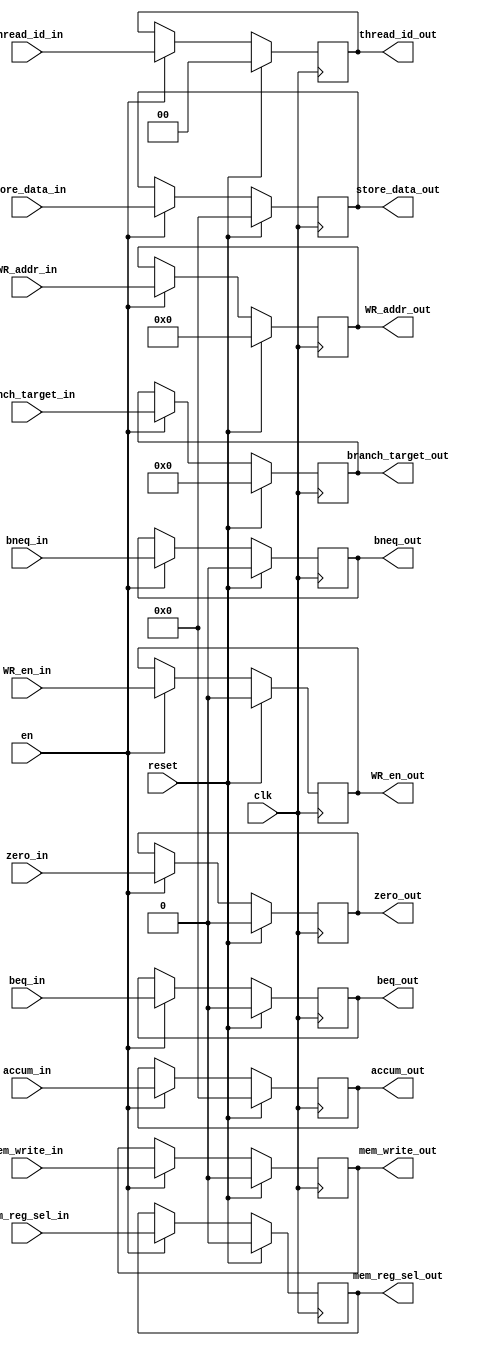
`timescale 1ns / 1ps
//////////////////////////////////////////////////////////////////////////////////
// Company: 
// Engineer: 
// 
// Design Name: 
// Module Name:    pipe_execute_mem 
// Project Name: 
// Target Devices: 
// Tool versions: 
// Description: 
//
// Dependencies: 
//
// Revision: 
// Revision 0.01 - File Created
// Additional Comments: 
//
//////////////////////////////////////////////////////////////////////////////////


module pipe_execute_mem
   #(parameter DATAPATH_WIDTH = 64,
	  parameter REGFILE_ADDR_WIDTH = 5,
	  parameter INST_ADDR_WIDTH = 9,
	  parameter THREAD_BITS = 2)

   (input [INST_ADDR_WIDTH-1:0] branch_target_in,
    input [DATAPATH_WIDTH-1:0] accum_in,
    input [DATAPATH_WIDTH-1:0] store_data_in,
    input [REGFILE_ADDR_WIDTH-1:0] WR_addr_in,
	 input WR_en_in,
	 input beq_in,
	 input bneq_in,
	 input mem_write_in,
	 input zero_in,
	 input mem_reg_sel_in,
	 input [THREAD_BITS-1:0] thread_id_in,
    input clk,
    input en,
	 input reset,
	 
    output reg [INST_ADDR_WIDTH-1:0] branch_target_out,
    output reg [DATAPATH_WIDTH-1:0] accum_out,
    output reg [DATAPATH_WIDTH-1:0] store_data_out,
    output reg [REGFILE_ADDR_WIDTH-1:0] WR_addr_out,
	 output reg [THREAD_BITS-1:0]	thread_id_out,
	 output reg WR_en_out,

	 output reg beq_out,
	 output reg bneq_out,
	 output reg mem_write_out,
	 output reg zero_out,

	 output reg mem_reg_sel_out
	 );
	 
always @ (posedge clk) 
  begin
	 if (reset) begin
		branch_target_out <= 'd0;
		accum_out 		<= 'd0;
		store_data_out <= 'd0;
		WR_addr_out 	<= 'd0;
		WR_en_out		<= 'd0;
		beq_out			<= 'd0;
		bneq_out			<= 'd0;
		mem_write_out	<= 'd0;
		zero_out			<= 'd0;
		mem_reg_sel_out <= 'd0;
		thread_id_out <= 'd0;
	 end
	 else if (en) begin
		branch_target_out 	<= branch_target_in;
		accum_out 		<= accum_in;
		store_data_out <= store_data_in;
		WR_addr_out 	<= WR_addr_in;
		WR_en_out		<= WR_en_in;
		beq_out			<= beq_in;
		bneq_out			<= bneq_in;
		mem_write_out	<= mem_write_in;
		zero_out			<= zero_in;
		mem_reg_sel_out<= mem_reg_sel_in;
		thread_id_out <= thread_id_in;
	 end
	end	 
endmodule